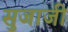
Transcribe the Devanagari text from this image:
सुजाजी